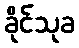
ခိုင်သုခ